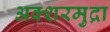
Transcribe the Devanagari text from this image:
अक्शरमुद्रा